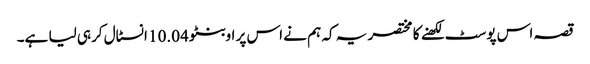
قصہ اس پوسٹ لکھنے کا مختصر یہ کہ ہم نے اس پر اوبنٹو 10.04 انسٹال کرہی لیا ہے۔